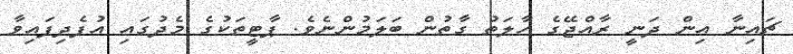
ޗައިނާ އިން ދަނީ ރާއްޖޭގެ ހާލަތު ގާތުން ބަލަމުންނެވެ. ޕާޓީތަކުގެ މެދުގައި އުފެދިފައިވާ